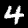
Label: 4